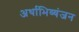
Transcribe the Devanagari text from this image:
अर्थाभिव्यंजन